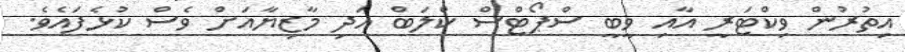
އިތުރުން ވިކްޓަރީ އާއި ވީބީ ސްޕޯޓްސް ކްލަބް އަދި މާޒިޔާއަށް ވެސް ކުޅެފައެވެ.